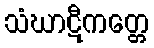
သံဃာဋီကတ္တေ